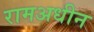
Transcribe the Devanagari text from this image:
रामअधीन